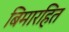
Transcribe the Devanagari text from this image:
बिमारहित